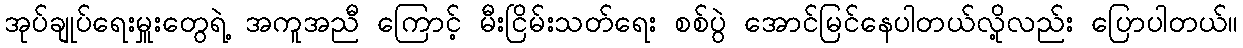
အုပ်ချုပ်ရေးမှူးတွေရဲ့ အကူအညီ ကြောင့် မီးငြိမ်းသတ်ရေး စစ်ပွဲ အောင်မြင်နေပါတယ်လို့လည်း ပြောပါတယ်။